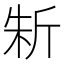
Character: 𣂛